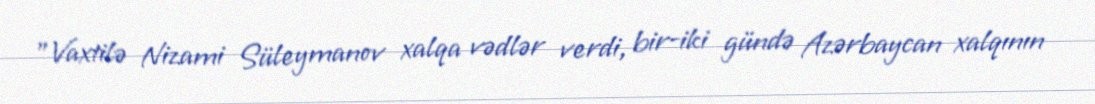
"Vaxtilə Nizami Süleymanov xalqa vədlər verdi, bir-iki gündə Azərbaycan xalqının